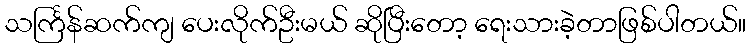
သင်္ကြန်ဆက်ကျ ပေးလိုက်ဦးမယ် ဆိုပြီးတော့ ရေးသားခဲ့တာဖြစ်ပါတယ်။